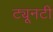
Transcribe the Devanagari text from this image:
ट्यूनटी